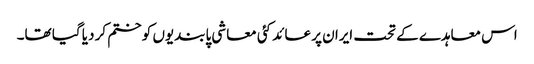
اس معاہدے کے تحت ایران پر عائد کئی معاشی پابندیوں کو ختم کر دیا گیا تھا۔